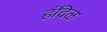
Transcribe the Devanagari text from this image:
हंदिळ